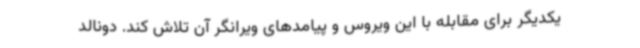
یکدیگر برای مقابله با این ویروس و پیامدهای ویرانگر آن تلاش کند. دونالد